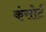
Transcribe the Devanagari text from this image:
कंसोर्ट